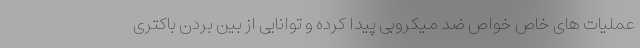
عملیات های خاص خواص ضد میکروبی پیدا کرده و توانایی از بین بردن باکتری